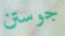
جوستن